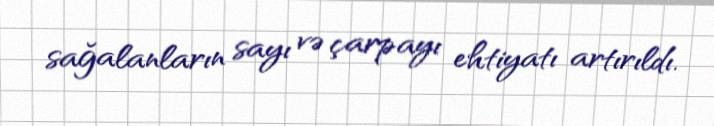
sağalanların sayı və çarpayı ehtiyatı artırıldı.